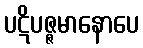
ပဋိပဇ္ဇမာနောပေ